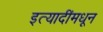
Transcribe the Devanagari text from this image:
इत्यादींमधून